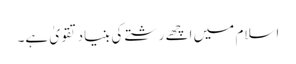
اسلام میں اچھے رشتے کی بنیاد تقویٰ ہے۔